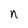
Character: n